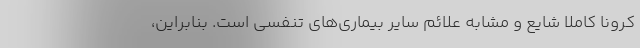
کرونا کاملاً شایع و مشابه علائم سایر بیماری‌های تنفسی است. بنابراین،